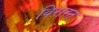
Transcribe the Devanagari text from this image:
विरास्त